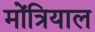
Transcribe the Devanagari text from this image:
मोंत्रियाल